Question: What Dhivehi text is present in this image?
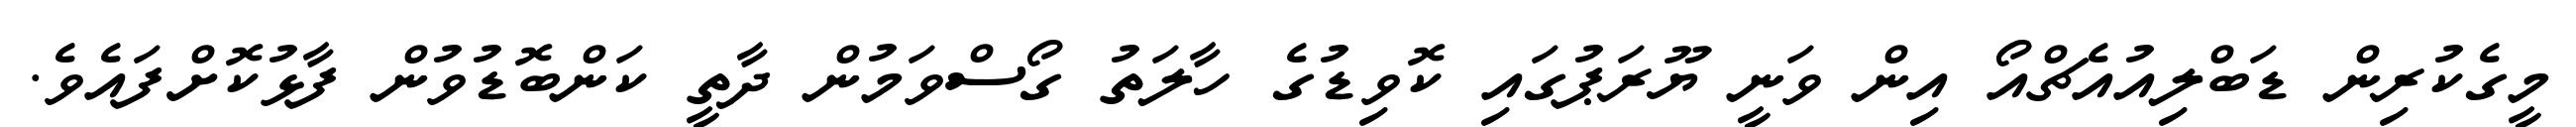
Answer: މީގެކުރިން ޑަބްލިއުއެޗްއޯ އިން ވަނީ ޔޫރަޕުގައި ކޮވިޑުގެ ހާލަތު ގޯސްވަމުން ދާތީ ކަންބޮޑުވުން ފާޅުކޮށްފައެވެ.